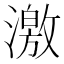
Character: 激